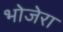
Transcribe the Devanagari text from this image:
भोजेरा